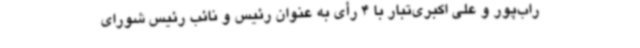
راب‌پور و علی اکبری‌تبار با 4 رأی به عنوان رئیس و نائب رئیس شورای